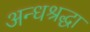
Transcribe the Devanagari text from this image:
अन्धश्रद्धा